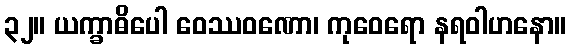
၃၂။ ယက္ခာဓိပေါ ဝေဿဝဏော၊ ကုဝေရော နရဝါဟနော။